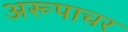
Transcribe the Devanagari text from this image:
अरूपाचर